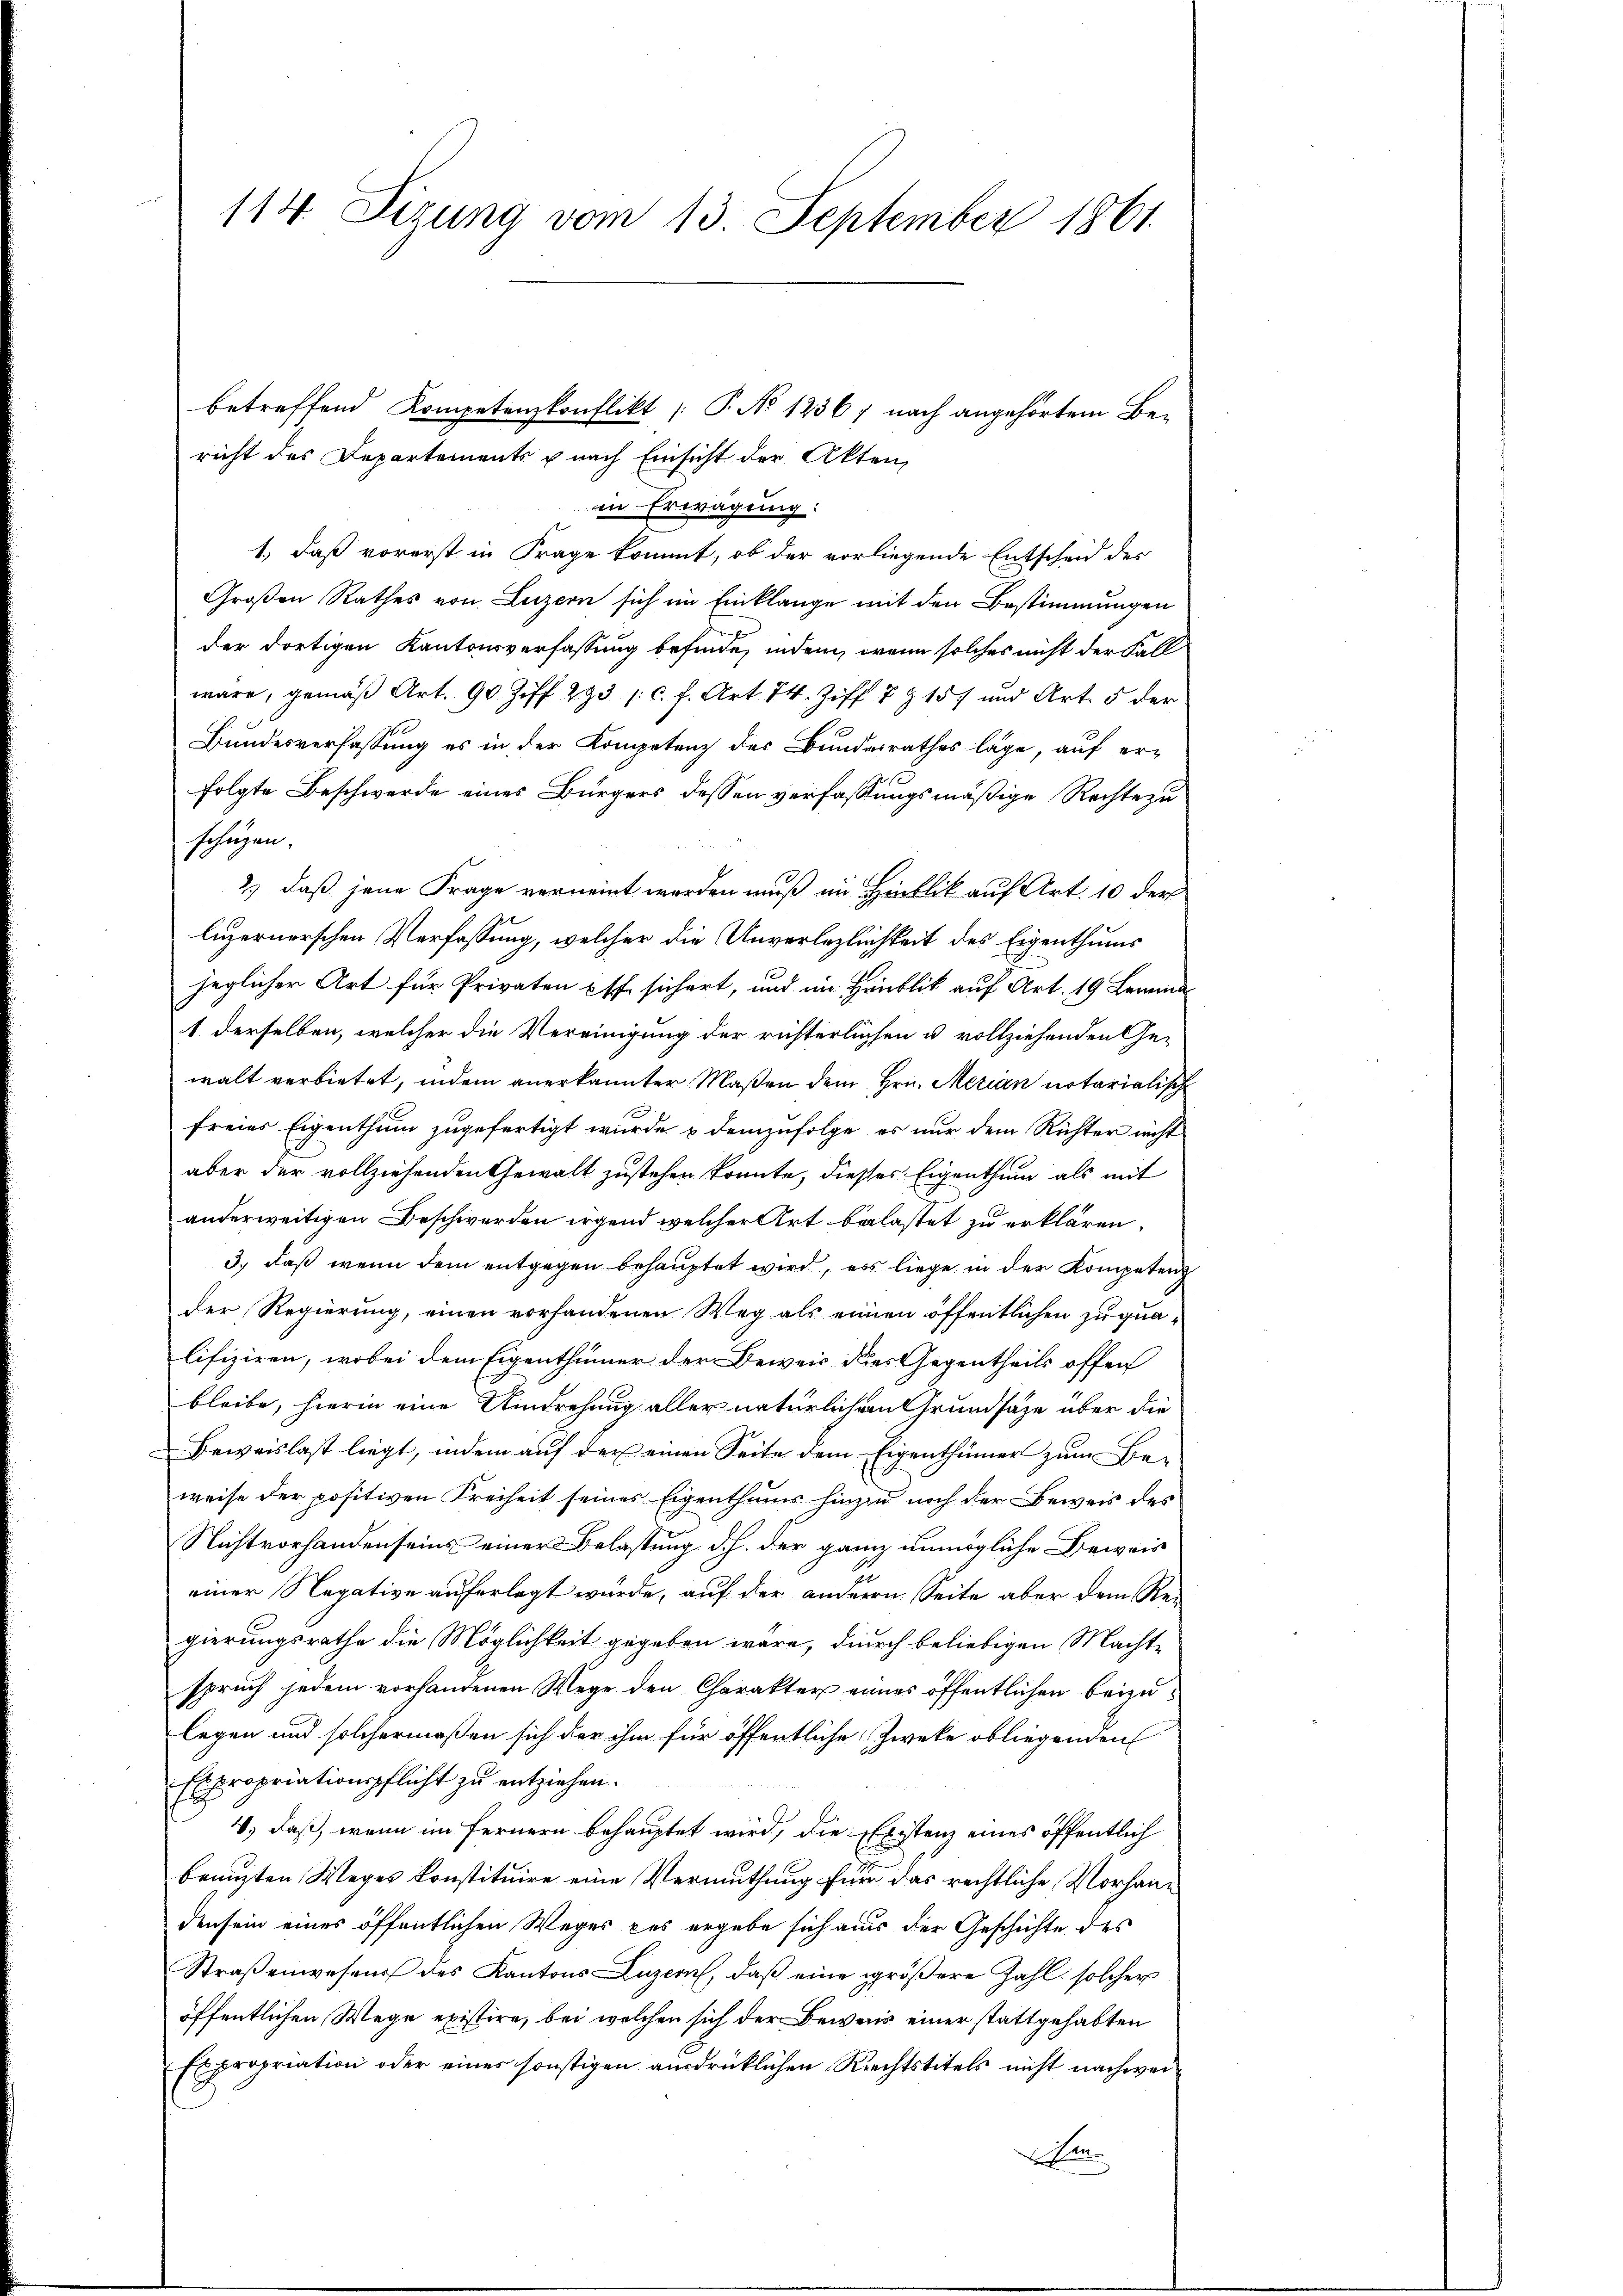
114. Sizung vom 13. September 1861.

in Erwägung:
1., daß vorerst in Frage kommt, ob der vorliegende Entscheid des
Großen Rathes von Luzern sich im Einklange mit den Bestimmungen
der dortigen Kantonsverfassung befinde, indem, wenn solches nicht der Fall
wäre, gemäβ Art. 90 Ziff. 293 c. f. Art. 74. Ziff. 7 § 157 und Art. 5 der
0
Bundesverfassung es in der Kompetenz des Bundesrathes läge, auf er-
folgte Beschwerde eines Bürgers dessen verfassungsmäßige Rechte zu
schüzen.
2) daß jene Frage verneint werden muß im Hinblick auf Art. 10 der
luzernerschen Verfassung, welcher die Unverlezlichkeit des Eigenthums
jeglicher Art für Privaten es sichert, und im Haublik auf Art. 19 Lemma
1 derselben, welcher die Vereinigung der richterlichen u. vollziehenden Gewalt verbietet, indem anerkannter Maßen dem Hrn. Merian notarialische
freier Eigenthum zugefertigt wurde u demzufolge es nur dem Richter nicht
aber der vollziehenden Gewalt zustehen konnte, diesses Eigenthum als mit
anderweitigen Beschwerden irgend welcher Art belastet zu erklären.
3.) daß wenn dem entgegen behauptet wird, es liege in der Kompetenz
der Regierung, einen vorhandenen Weg als einen öffentlichen zu qua-
lifiziren, wobei dem Eigenthümer der Beweis des Gegentheils offen
bleibe, hierin eine Eindrehung aller natürlichen Grundsätze über die
Beweislast liegt, indem auf der einen Seite dem Eigenthümer zum Beweise der positiven Freiheit seines Eigenthums hinzu noch der Beweis des
Nichtvorhanden seins einer Belastung d. h. der ganz unmögliche Beweis
einer Negative auferlegt würde, auf der anderen Seite aber dem Re-
gierungsrathe die Möglichkeit gegeben wäre, durch beliebigen Machte
spruch jedem vorhandenen Wege den Charakter eines öffentlichen beizulegen und solchermaßen sich der ihm für öffentliche Zwecke obliegenden
Expropriationspflicht zu entziehen.
4, daß, wenn im Fernern behauptet wird, die Existenz eines öffentlich
beauften Weges konstituire eine Vermuthung für das rechtliche Vorhandensein eines öffentlichen Weges des ergebe sich aus der Geschichte des
Straßenwesens des Kantons Luzern, daß eine größere Zahl solcher
öffentlichen Wege existire, bei welchen sich der Beweis einer stattgehabten
Expropriation oder eines sonstigen ausdrücklichen Rechtstitels nicht nachwei
en

betreffend Kompetenzkonflikt P. No 1236 ; nach angehörtem Be-
richt des Departements & nach Einsicht der Akten,